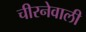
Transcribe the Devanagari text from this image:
चीरनेवाली